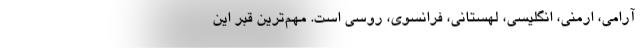
آرامی، ارمنی، انگلیسی، لهستانی، فرانسوی، روسی است. مهم‌ترین قبر این